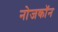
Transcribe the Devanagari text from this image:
नोजकाॅन